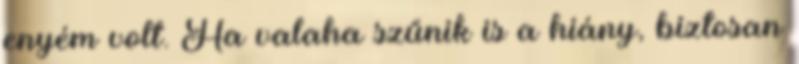
enyém volt. Ha valaha szűnik is a hiány, biztosan